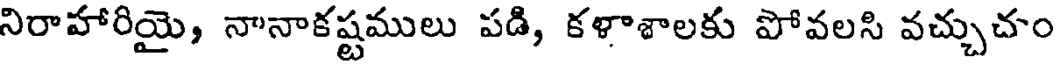
నిరాహారియై, నానాకష్టములు పడి, కళాశాలకు పోవలసి వచ్చుచం